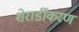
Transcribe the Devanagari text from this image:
शेरार्डीकरण